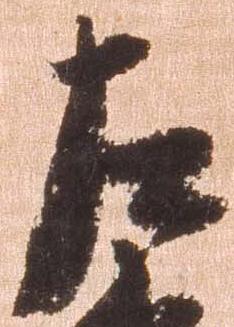
左